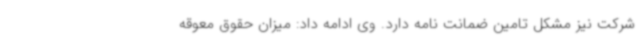
شرکت نیز مشکل تامین ضمانت نامه دارد. وی ادامه داد: میزان حقوق معوقه